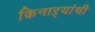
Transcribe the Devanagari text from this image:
किनाऱ्यांची